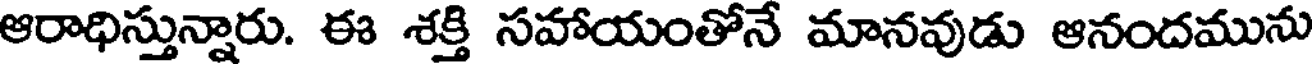
ఆరాధిస్తున్నారు. ఈ శక్తి సహాయంతోనే మానవుడు ఆనందమును